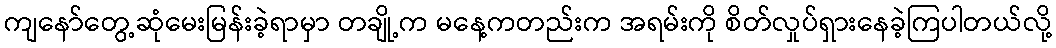
ကျနော်တွေ့ဆုံမေးမြန်းခဲ့ရာမှာ တချို့က မနေ့ကတည်းက အရမ်းကို စိတ်လှုပ်ရှားနေခဲ့ကြပါတယ်လို့